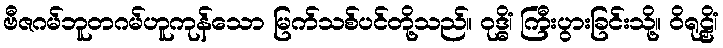
ဗီဇဂမ်ဘူတဂမ်ဟူကုန်သော မြက်သစ်ပင်တို့သည်။ ဝုဒ္ဓိံ၊ ကြီးပွားခြင်းသို့။ ဝိရုဠှိံ၊